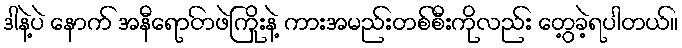
ဒါနဲ့ပဲ နောက် အနီရောငာ်ဖဲကြိုးနဲ့ ကားအမည်းတစ်စီးကိုလည်း တွေ့ခဲ့ရပါတယ်။